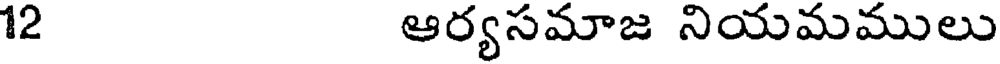
12 ఆర్యసమాజ నియమములు